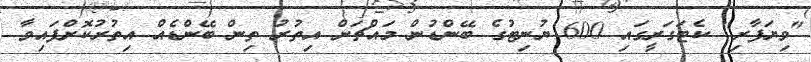
"ވިޔަފާރި" ކެޓަގަރީގައި 600 ޔުނިޓުގެ ބޭންޑުން މައްޗަށް އިތުރު ތިން ބޭންޑެއް އިތުރުކޮށްފައިވާ